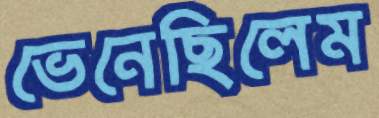
ভেনেছিলেম